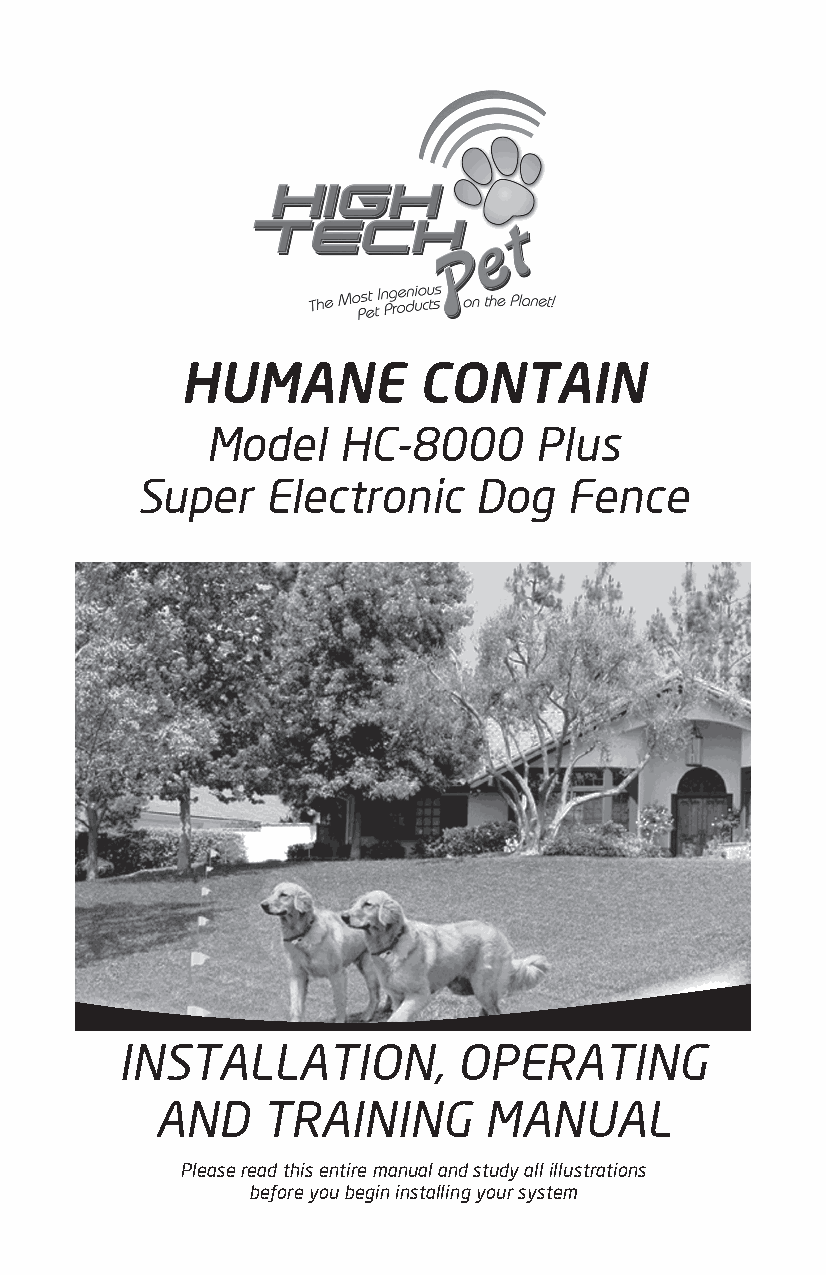
HUMANE          CONTAIN
 Model   HC-8000      Plus
 Super    Electronic   Dog    Fence
 INSTALLATION,         OPERATING
 AND    TRAINING       MANUAL
 Please read this entire manual and study all illustrations
 before you begin installing your system